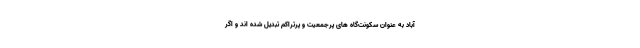
آباد به عنوان سکونت‌گاه های پرجمعیت و پرتراکم تبدیل شده اند و اگر